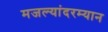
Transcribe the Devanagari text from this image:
मजल्यांदरम्यान